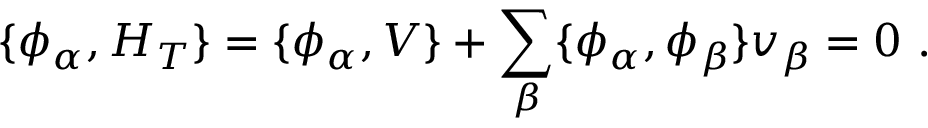
\{ \phi _ { \alpha } , H _ { T } \} = \{ \phi _ { \alpha } , V \} + \sum _ { \beta } \{ \phi _ { \alpha } , \phi _ { \beta } \} v _ { \beta } = 0 \ .